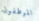
الموظفون